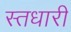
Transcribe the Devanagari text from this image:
स्तधारी